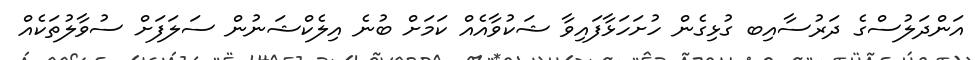
އަންދަލުސްގެ ދަރުސާއިބ ގުޅިގެން ހުށަހަޅާފައިވާ ޝަކުވާއެއް ކަމަށް ބުނެ އިލެކްޝަނުން ސަލަފަށް ސުވާލުތަކެއް